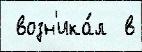
 возн'ика́л  в